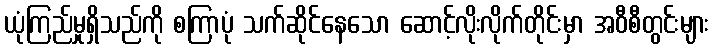
ယုံကြည်မှုရှိသည်ကို စကြာပုံ သက်ဆိုင်နေသော ဆောင့်လိုးလိုက်တိုင်းမှာ အဝီစီတွင်းများ